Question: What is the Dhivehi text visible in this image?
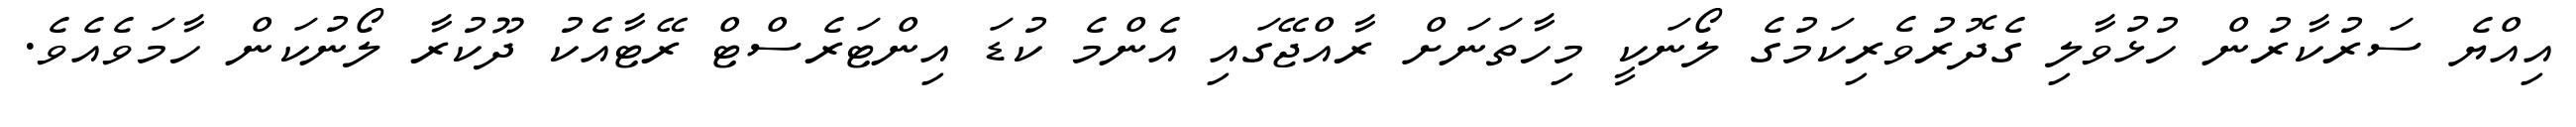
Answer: އިއްޔެ ސަރުކާރުން ހުޅުވާލި ގެދޮރުވެރިކަމުގެ ލޯނަކީ މިހާތަނަށް ރާއްޖޭގައި އެންމެ ކުޑަ އިންޓަރެސްޓް ރޭޓާއެކު ދޫކުރާ ލޯނުކަން ހާމަވެއެވެ.